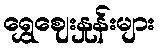
ရွှေဈေးနှုန်းများ